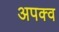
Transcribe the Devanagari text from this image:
अपक्‍व